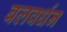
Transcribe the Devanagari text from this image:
बलवर्धन